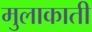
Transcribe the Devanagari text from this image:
मुलाकाती